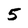
Character: 5